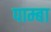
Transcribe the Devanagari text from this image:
पाम्बा